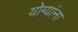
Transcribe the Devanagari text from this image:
योग्यांना